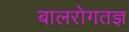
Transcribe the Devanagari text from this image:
बालरोगतज्ञ